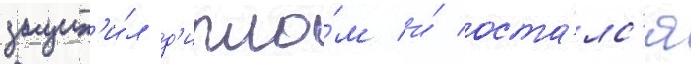
защит'и́л д'ипло́м и́ оста́лс'я